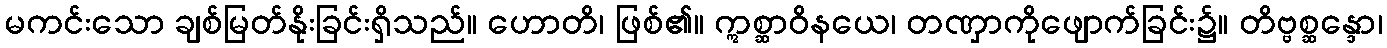
မကင်းသော ချစ်မြတ်နိုးခြင်းရှိသည်။ ဟောတိ၊ ဖြစ်၏။ ဣစ္ဆာဝိနယေ၊ တဏှာကိုဖျောက်ခြင်း၌။ တိဗ္ဗစ္ဆန္ဒော၊